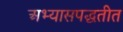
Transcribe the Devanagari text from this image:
अभ्यासपद्धतीत